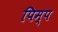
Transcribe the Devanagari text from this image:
पिम्प